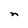
Character: n